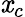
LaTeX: \mathit{x}_{c}